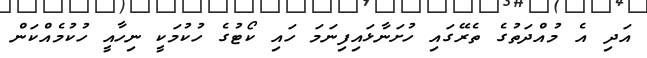
އަދި އެ މުއްދަތުގެ ތެރޭގައި ހުށަނާޅައިފިނަމަ ހައި ކޯޓުގެ ހުކުމަކީ ނިހާއީ ހުކުމެއްކަން